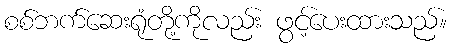
စစ်ဘက်ဆေးရုံတို့ကိုလည်း ဖွင့်ပေးထားသည်။